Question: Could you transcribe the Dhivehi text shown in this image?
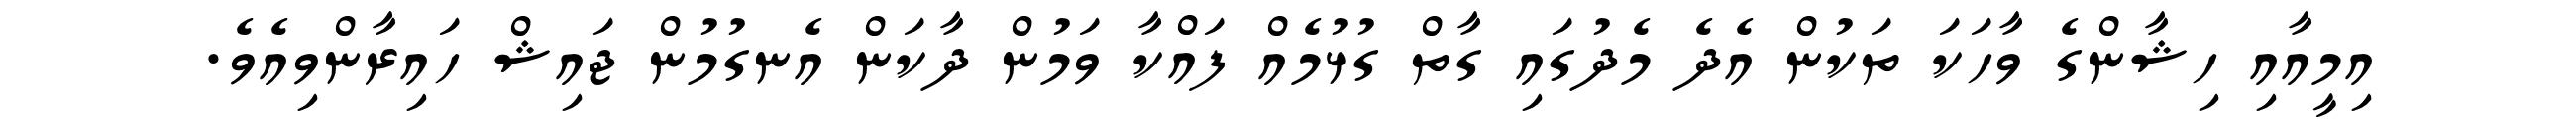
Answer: އިމީއާއި ހިޝާންގެ ވާހަކަ ތަކުން އެދެ މެދުގައި ގާތް ގުޅުމެއް ފައްކާ ވަމުން ދާކަން އެނގުމުން ޖައިޝް ހައިރާންވިއެވެ.